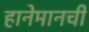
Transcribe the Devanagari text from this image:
हानेमानची